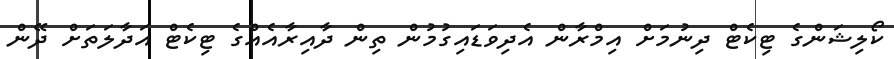
ކޯލިޝަންގެ ޓިކެޓް ދިނުމަށް އިމްރާން އެދިވަޑައިގުމުން ތިން ދާއިރާއެއްގެ ޓިކެޓް އަދާލަތަށް ދޭން